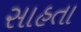
સાહતા